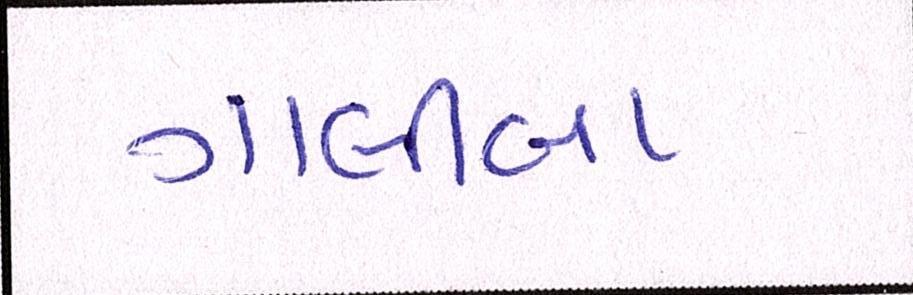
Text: ગાલીબા